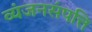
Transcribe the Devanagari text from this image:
व्यंजनसंपत्ति